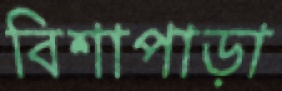
বিশাপাড়া